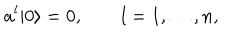
LaTeX: a ^ { l } | 0 \rangle = 0 , \qquad l = 1 , \ldots , n ,